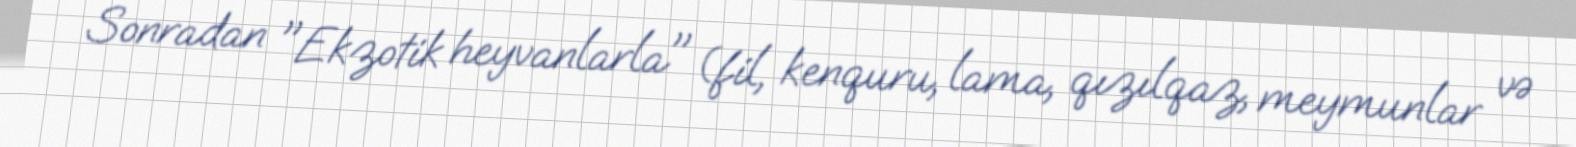
Sonradan "Ekzotik heyvanlarla" (fil, kenquru, lama, qızılqaz, meymunlar və